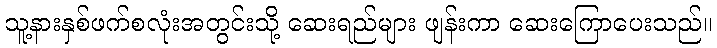
သူ့နားနှစ်ဖက်စလုံးအတွင်းသို့ ဆေးရည်များ ဖျန်းကာ ဆေးကြောပေးသည်။